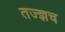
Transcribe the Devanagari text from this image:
तज्ज्ञच